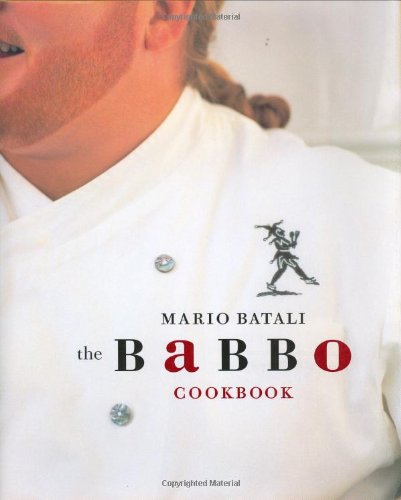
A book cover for The Babbo Cookbook; Mario Batali; Cookbooks, Food & Wine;